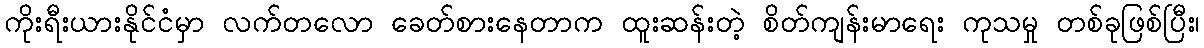
ကိုးရီးယားနိုင်ငံမှာ လက်တလော ခေတ်စားနေတာက ထူးဆန်းတဲ့ စိတ်ကျန်းမာရေး ကုသမှု တစ်ခုဖြစ်ပြီး၊